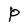
Character: P